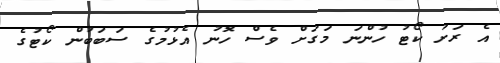
އެ ރަށު ކޯޓު ހުންނަ މަގަށް ވެސް ހޮނު އެޅުމުގެ ސަބަބުން ކޯޓުގެ